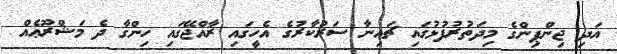
އަދި ޖިންޕިންގެ މިދަތުރުފުޅުގައި ޗައިނާ ސަރުކާރުގެ އެހީގައި ރާއްޖޭގައި ހިންގާ ދެ މަޝްރޫޢެއް